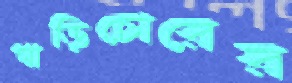
গাড়িচোরের